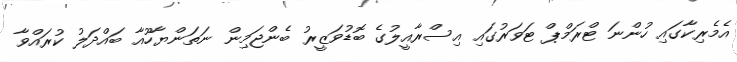
އެމެރިކާގައި ހުންނަ ޓްރަމްޕް ޓަވަރުގައި އިސްރާއީލުގެ ބޮޑުވަޒީރު ބެންޖަމިން ނަތަންޔާހޫއާ ބައްދަލު ކުރައްވާ